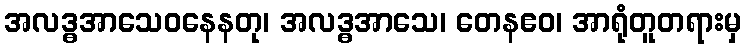
အလဒ္ဓအာသေဝနေနတု၊ အလဒ္ဓအာသေ၊ တေနဧဝ၊ အာရုံတူတရားမှ